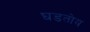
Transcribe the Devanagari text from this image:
घडतोय